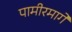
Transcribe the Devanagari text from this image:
पामीरमार्गे